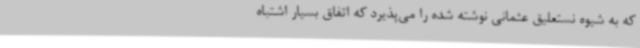
که به شیوه‌ نستعلیق عثمانی نوشته شده را می‌پذیرد که اتفاق بسیار اشتباه